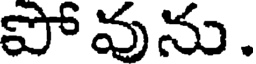
పోవును.